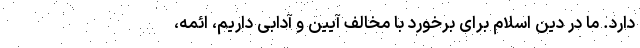
دارد. ما در دین اسلام برای برخورد با مخالف آیین و آدابی داریم، ائمه،